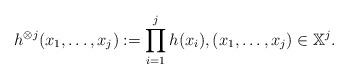
LaTeX: \begin{align*}h^{\otimes j}(x_1,\ldots,x_j) := \prod_{i=1}^j h(x_i), (x_1,\ldots,x_j)\in \mathbb X^j.\end{align*}